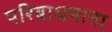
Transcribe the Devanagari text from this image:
परिबाधमाना